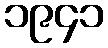
၁၉၄၁